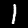
Label: 1